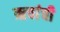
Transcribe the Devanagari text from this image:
ऋचांची